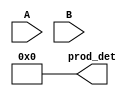
module matrix(A,B,prod_det);
parameter size = 2;

input [31:0]A,B;
output [31:0]prod_det;

reg signed [31:0]mat1[size-1:0][size-1:0],mat2[size-1:0][size-1:0];
reg signed [63:0]mat3[size-1:0][size-1:0];
integer j,k;

genvar i;
generate
    for(i=0;i<size;i=i+1)
    begin
        always @ (*)
        begin
            {mat1[0][0],mat1[0][1],mat1[1][0],mat1[1][1]}=A;
            {mat2[0][0],mat2[0][1],mat2[1][0],mat2[1][1]}=B;
            j=0;k=0;
            for(j=0;j<size;j=j+1)
            begin
                mat3[i][j]=64'b0;
                for(k=0;k<size;k=k+1)
                begin
                    mat3[i][j]=mat3[i][j]+(mat1[i][k]*mat2[k][j]);
                end
            end
        end
    end
endgenerate
assign prod_det=mat3[0][0];
endmodule